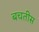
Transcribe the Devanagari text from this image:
बचतीस